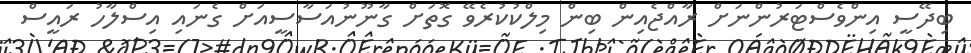
ބިދޭސީ އިންވެސްޓަރުންނަށް ރާއްޖެއިން ބިން މިލްކުކުރެވޭ ގޮތަށް ގާނޫނުއަސާސީއަށް ގެނައި އިސްލާހު ރައީސް